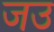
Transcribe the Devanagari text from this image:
जउ